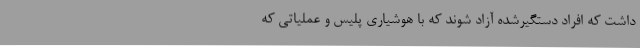
داشت که افراد دستگیرشده آزاد شوند که با هوشیاری پلیس و عملیاتی که